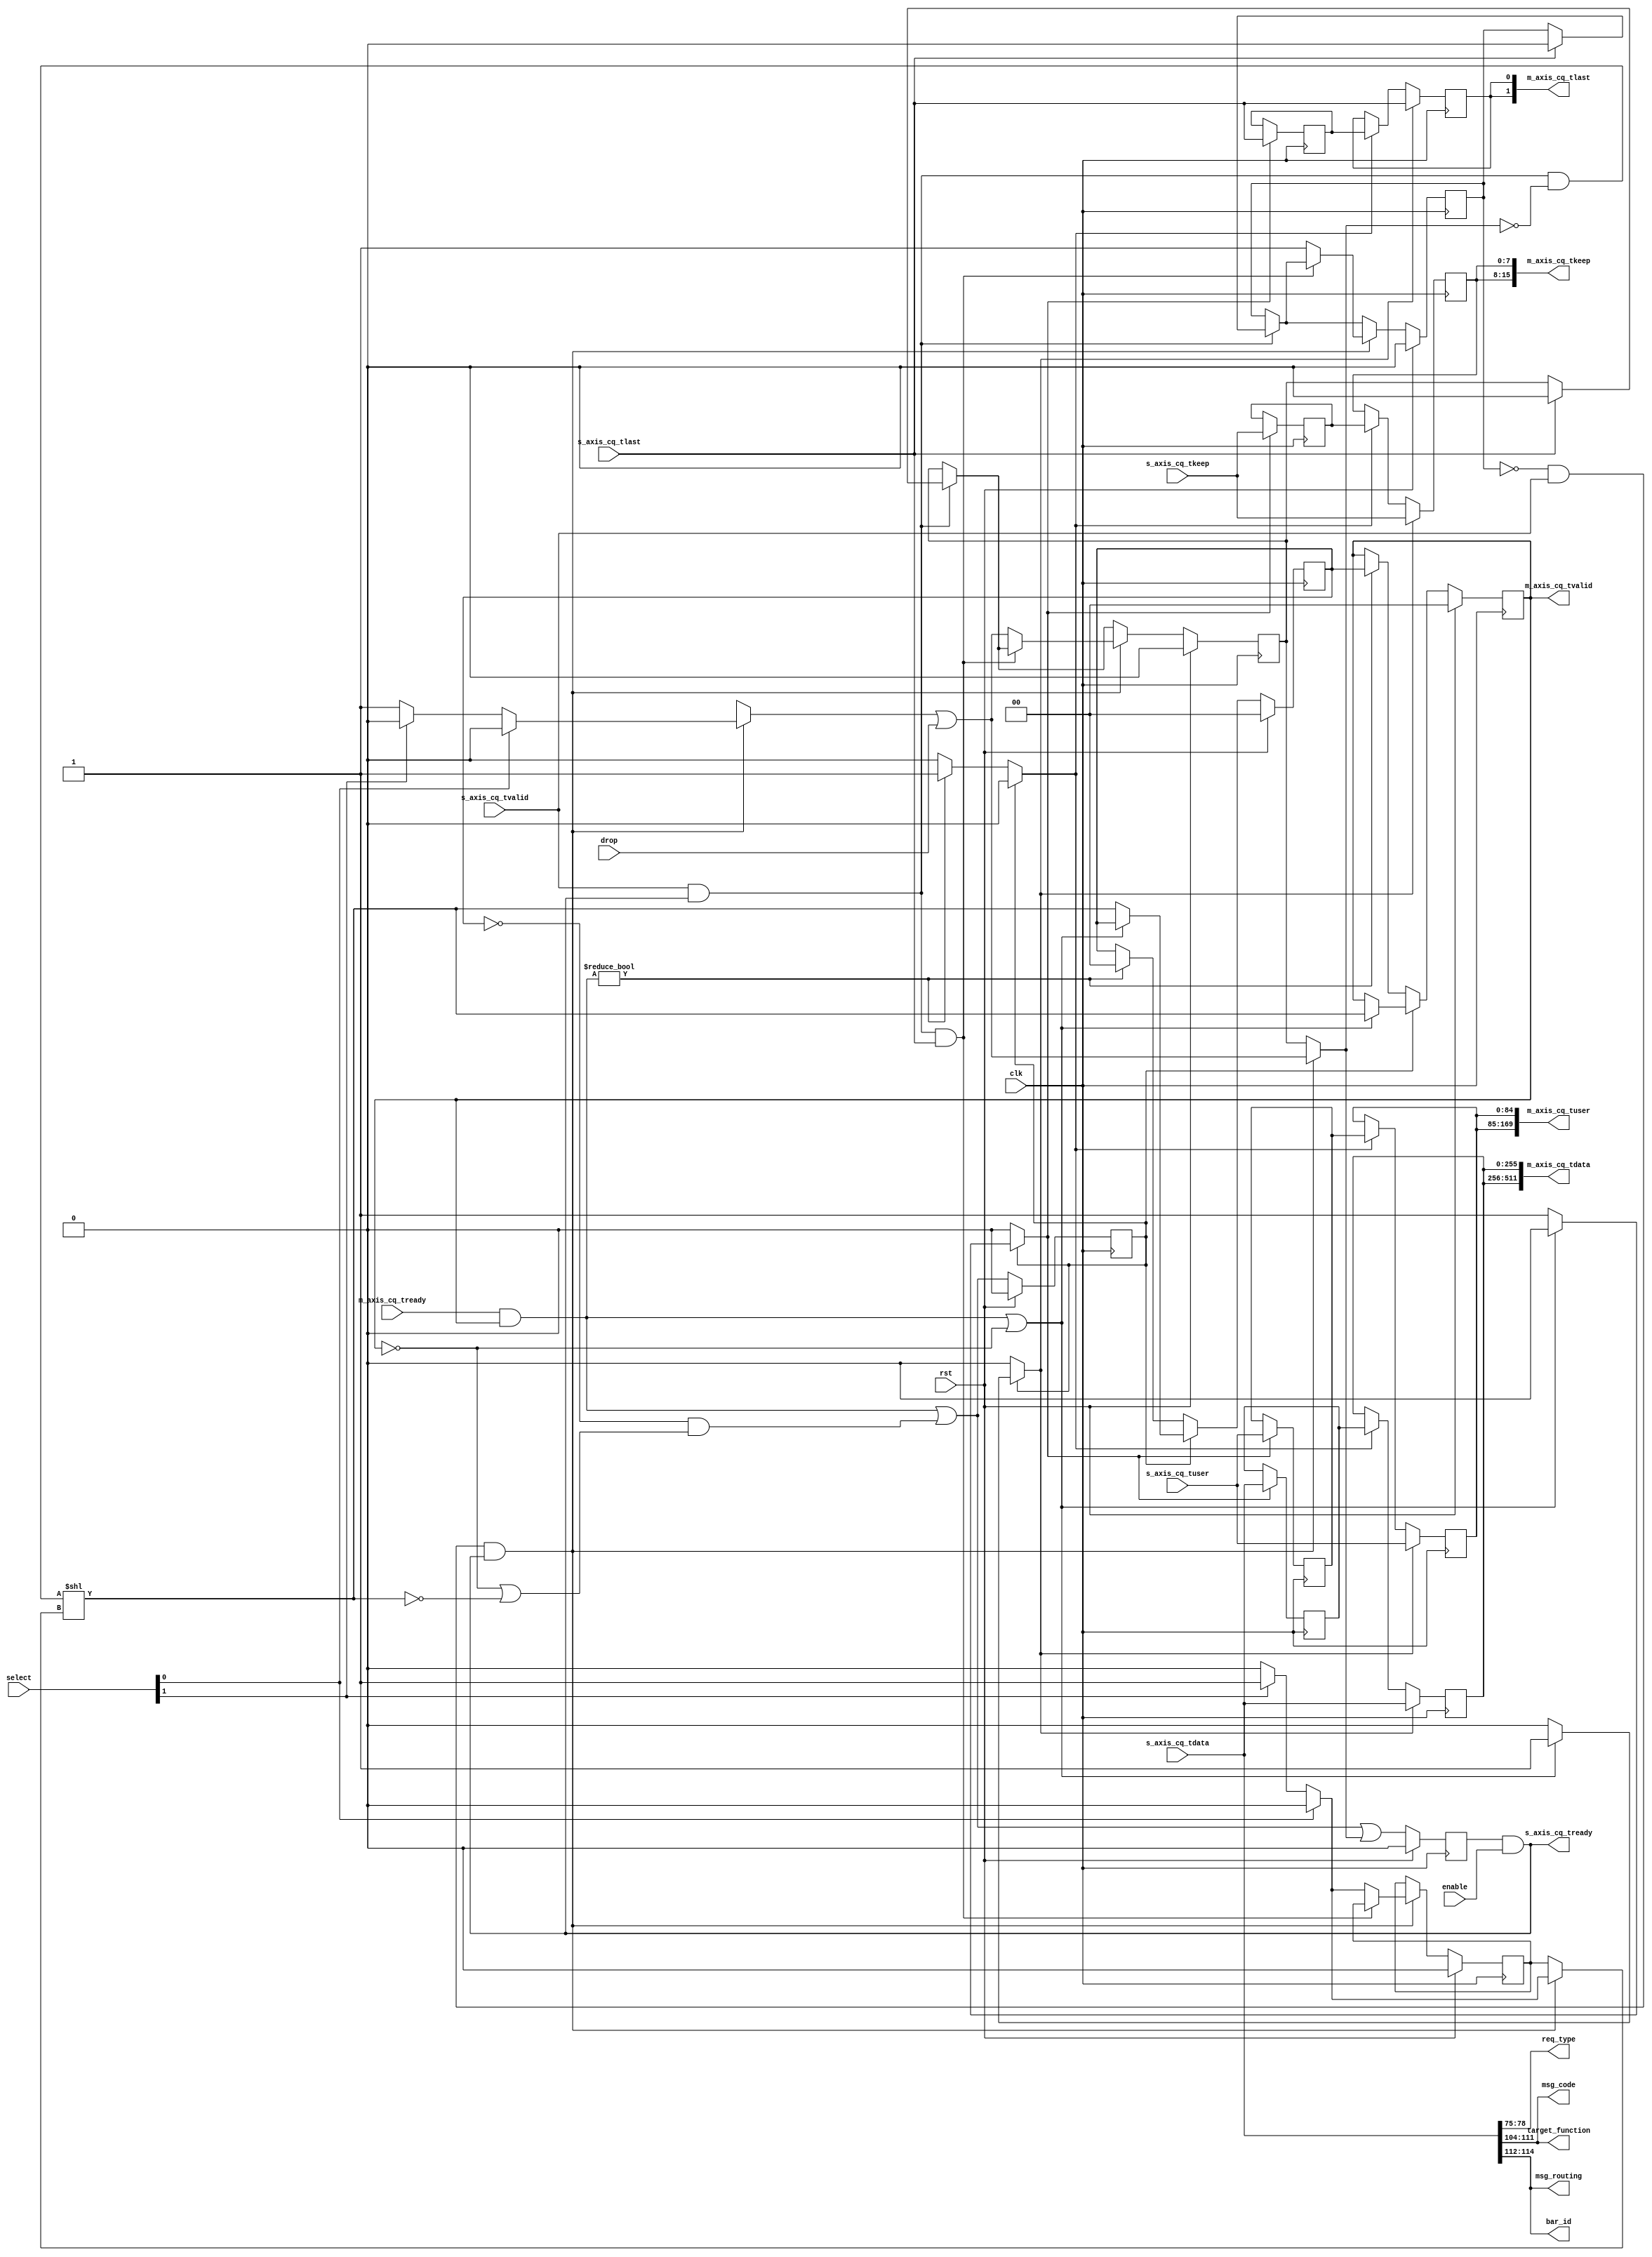
/*

Copyright (c) 2018 Alex Forencich

Permission is hereby granted, free of charge, to any person obtaining a copy
of this software and associated documentation files (the "Software"), to deal
in the Software without restriction, including without limitation the rights
to use, copy, modify, merge, publish, distribute, sublicense, and/or sell
copies of the Software, and to permit persons to whom the Software is
furnished to do so, subject to the following conditions:

The above copyright notice and this permission notice shall be included in
all copies or substantial portions of the Software.

THE SOFTWARE IS PROVIDED "AS IS", WITHOUT WARRANTY OF ANY KIND, EXPRESS OR
IMPLIED, INCLUDING BUT NOT LIMITED TO THE WARRANTIES OF MERCHANTABILITY
FITNESS FOR A PARTICULAR PURPOSE AND NONINFRINGEMENT. IN NO EVENT SHALL THE
AUTHORS OR COPYRIGHT HOLDERS BE LIABLE FOR ANY CLAIM, DAMAGES OR OTHER
LIABILITY, WHETHER IN AN ACTION OF CONTRACT, TORT OR OTHERWISE, ARISING FROM,
OUT OF OR IN CONNECTION WITH THE SOFTWARE OR THE USE OR OTHER DEALINGS IN
THE SOFTWARE.

*/

// Language: Verilog 2001

`timescale 1ns / 1ps

/*
 * Ultrascale PCIe CQ demultiplexer
 */
module pcie_us_axis_cq_demux #
(
    // Output count
    parameter M_COUNT = 2,
    // Width of PCIe AXI stream interfaces in bits
    parameter AXIS_PCIE_DATA_WIDTH = 256,
    // PCIe AXI stream tkeep signal width (words per cycle)
    parameter AXIS_PCIE_KEEP_WIDTH = (AXIS_PCIE_DATA_WIDTH/32),
    // PCIe AXI stream CQ tuser signal width
    parameter AXIS_PCIE_CQ_USER_WIDTH = AXIS_PCIE_DATA_WIDTH < 512 ? 85 : 183
)
(
    input  wire                                       clk,
    input  wire                                       rst,

    /*
     * AXI input (CQ)
     */
    input  wire [AXIS_PCIE_DATA_WIDTH-1:0]            s_axis_cq_tdata,
    input  wire [AXIS_PCIE_KEEP_WIDTH-1:0]            s_axis_cq_tkeep,
    input  wire                                       s_axis_cq_tvalid,
    output wire                                       s_axis_cq_tready,
    input  wire                                       s_axis_cq_tlast,
    input  wire [AXIS_PCIE_CQ_USER_WIDTH-1:0]         s_axis_cq_tuser,

    /*
     * AXI output (CQ)
     */
    output wire [M_COUNT*AXIS_PCIE_DATA_WIDTH-1:0]    m_axis_cq_tdata,
    output wire [M_COUNT*AXIS_PCIE_KEEP_WIDTH-1:0]    m_axis_cq_tkeep,
    output wire [M_COUNT-1:0]                         m_axis_cq_tvalid,
    input  wire [M_COUNT-1:0]                         m_axis_cq_tready,
    output wire [M_COUNT-1:0]                         m_axis_cq_tlast,
    output wire [M_COUNT*AXIS_PCIE_CQ_USER_WIDTH-1:0] m_axis_cq_tuser,

    /*
     * Fields
     */
    output wire [3:0]                                 req_type,
    output wire [7:0]                                 target_function,
    output wire [2:0]                                 bar_id,
    output wire [7:0]                                 msg_code,
    output wire [2:0]                                 msg_routing,

    /*
     * Control
     */
    input  wire                                       enable,
    input  wire                                       drop,
    input  wire [M_COUNT-1:0]                         select
);

parameter CL_M_COUNT = $clog2(M_COUNT);

// bus width assertions
initial begin
    if (AXIS_PCIE_DATA_WIDTH != 64 && AXIS_PCIE_DATA_WIDTH != 128 && AXIS_PCIE_DATA_WIDTH != 256 && AXIS_PCIE_DATA_WIDTH != 512) begin
        $error("Error: PCIe interface width must be 64, 128, 256, or 512 (instance %m)");
        $finish;
    end

    if (AXIS_PCIE_KEEP_WIDTH * 32 != AXIS_PCIE_DATA_WIDTH) begin
        $error("Error: PCIe interface requires dword (32-bit) granularity (instance %m)");
        $finish;
    end
end

reg [CL_M_COUNT-1:0] select_reg = {CL_M_COUNT{1'b0}}, select_ctl, select_next;
reg drop_reg = 1'b0, drop_ctl, drop_next;
reg frame_reg = 1'b0, frame_ctl, frame_next;

reg s_axis_cq_tready_reg = 1'b0, s_axis_cq_tready_next;

reg [AXIS_PCIE_DATA_WIDTH-1:0]    temp_s_axis_cq_tdata = {AXIS_PCIE_DATA_WIDTH{1'b0}};
reg [AXIS_PCIE_KEEP_WIDTH-1:0]    temp_s_axis_cq_tkeep = {AXIS_PCIE_KEEP_WIDTH{1'b0}};
reg                               temp_s_axis_cq_tvalid = 1'b0;
reg                               temp_s_axis_cq_tlast = 1'b0;
reg [AXIS_PCIE_CQ_USER_WIDTH-1:0] temp_s_axis_cq_tuser = {AXIS_PCIE_CQ_USER_WIDTH{1'b0}};

// internal datapath
reg  [AXIS_PCIE_DATA_WIDTH-1:0]    m_axis_cq_tdata_int;
reg  [AXIS_PCIE_KEEP_WIDTH-1:0]    m_axis_cq_tkeep_int;
reg  [M_COUNT-1:0]                 m_axis_cq_tvalid_int;
reg                                m_axis_cq_tready_int_reg = 1'b0;
reg                                m_axis_cq_tlast_int;
reg  [AXIS_PCIE_CQ_USER_WIDTH-1:0] m_axis_cq_tuser_int;
wire                               m_axis_cq_tready_int_early;

assign s_axis_cq_tready = (s_axis_cq_tready_reg || (AXIS_PCIE_DATA_WIDTH == 64 && !temp_s_axis_cq_tvalid)) && enable;

assign req_type =        AXIS_PCIE_DATA_WIDTH > 64 ? s_axis_cq_tdata[78:75]   : s_axis_cq_tdata[14:11];
assign target_function = AXIS_PCIE_DATA_WIDTH > 64 ? s_axis_cq_tdata[111:104] : s_axis_cq_tdata[47:40];
assign bar_id =          AXIS_PCIE_DATA_WIDTH > 64 ? s_axis_cq_tdata[114:112] : s_axis_cq_tdata[50:48];
assign msg_code =        AXIS_PCIE_DATA_WIDTH > 64 ? s_axis_cq_tdata[111:104] : s_axis_cq_tdata[47:40];
assign msg_routing =     AXIS_PCIE_DATA_WIDTH > 64 ? s_axis_cq_tdata[114:112] : s_axis_cq_tdata[50:48];

integer i;

always @* begin
    select_next = select_reg;
    select_ctl = select_reg;
    drop_next = drop_reg;
    drop_ctl = drop_reg;
    frame_next = frame_reg;
    frame_ctl = frame_reg;

    s_axis_cq_tready_next = 1'b0;

    if (AXIS_PCIE_DATA_WIDTH == 64) begin
        if (temp_s_axis_cq_tvalid && s_axis_cq_tready) begin
            // end of frame detection
            if (temp_s_axis_cq_tlast) begin
                frame_next = 1'b0;
                drop_next = 1'b0;
            end
        end
    end else begin
        if (s_axis_cq_tvalid && s_axis_cq_tready) begin
            // end of frame detection
            if (s_axis_cq_tlast) begin
                frame_next = 1'b0;
                drop_next = 1'b0;
            end
        end
    end

    if (!frame_reg && (AXIS_PCIE_DATA_WIDTH == 64 ? temp_s_axis_cq_tvalid : s_axis_cq_tvalid) && s_axis_cq_tready) begin
        // start of frame, grab select value
        select_ctl = 0;
        drop_ctl = 1'b1;
        frame_ctl = 1'b1;
        for (i = M_COUNT-1; i >= 0; i = i - 1) begin
            if (select[i]) begin
                select_ctl = i;
                drop_ctl = 1'b0;
            end
        end
        drop_ctl = drop_ctl || drop;
        if (AXIS_PCIE_DATA_WIDTH == 64) begin
            if (!(s_axis_cq_tready && temp_s_axis_cq_tvalid && temp_s_axis_cq_tlast)) begin
                select_next = select_ctl;
                drop_next = drop_ctl;
                frame_next = 1'b1;
            end
        end else begin
            if (!(s_axis_cq_tready && s_axis_cq_tvalid && s_axis_cq_tlast)) begin
                select_next = select_ctl;
                drop_next = drop_ctl;
                frame_next = 1'b1;
            end
        end
    end

    s_axis_cq_tready_next = m_axis_cq_tready_int_early || drop_ctl;

    if (AXIS_PCIE_DATA_WIDTH == 64) begin
        m_axis_cq_tdata_int  = temp_s_axis_cq_tdata;
        m_axis_cq_tkeep_int  = temp_s_axis_cq_tkeep;
        m_axis_cq_tvalid_int = (temp_s_axis_cq_tvalid && s_axis_cq_tready && !drop_ctl) << select_ctl;
        m_axis_cq_tlast_int  = temp_s_axis_cq_tlast;
        m_axis_cq_tuser_int  = temp_s_axis_cq_tuser; 
    end else begin
        m_axis_cq_tdata_int  = s_axis_cq_tdata;
        m_axis_cq_tkeep_int  = s_axis_cq_tkeep;
        m_axis_cq_tvalid_int = (s_axis_cq_tvalid && s_axis_cq_tready && !drop_ctl) << select_ctl;
        m_axis_cq_tlast_int  = s_axis_cq_tlast;
        m_axis_cq_tuser_int  = s_axis_cq_tuser; 
    end
end

always @(posedge clk) begin
    if (rst) begin
        select_reg <= 2'd0;
        drop_reg <= 1'b0;
        frame_reg <= 1'b0;
        s_axis_cq_tready_reg <= 1'b0;
    end else begin
        select_reg <= select_next;
        drop_reg <= drop_next;
        frame_reg <= frame_next;
        s_axis_cq_tready_reg <= s_axis_cq_tready_next;
    end

    if (s_axis_cq_tready && AXIS_PCIE_DATA_WIDTH == 64) begin
        temp_s_axis_cq_tdata <= s_axis_cq_tdata;
        temp_s_axis_cq_tkeep <= s_axis_cq_tkeep;
        temp_s_axis_cq_tvalid <= s_axis_cq_tvalid;
        temp_s_axis_cq_tlast <= s_axis_cq_tlast;
        temp_s_axis_cq_tuser <= s_axis_cq_tuser;
    end
end

// output datapath logic
reg [AXIS_PCIE_DATA_WIDTH-1:0]    m_axis_cq_tdata_reg  = {AXIS_PCIE_DATA_WIDTH{1'b0}};
reg [AXIS_PCIE_KEEP_WIDTH-1:0]    m_axis_cq_tkeep_reg  = {AXIS_PCIE_KEEP_WIDTH{1'b0}};
reg [M_COUNT-1:0]                 m_axis_cq_tvalid_reg = {M_COUNT{1'b0}}, m_axis_cq_tvalid_next;
reg                               m_axis_cq_tlast_reg  = 1'b0;
reg [AXIS_PCIE_CQ_USER_WIDTH-1:0] m_axis_cq_tuser_reg  = {AXIS_PCIE_CQ_USER_WIDTH{1'b0}};

reg [AXIS_PCIE_DATA_WIDTH-1:0]    temp_m_axis_cq_tdata_reg  = {AXIS_PCIE_DATA_WIDTH{1'b0}};
reg [AXIS_PCIE_KEEP_WIDTH-1:0]    temp_m_axis_cq_tkeep_reg  = {AXIS_PCIE_KEEP_WIDTH{1'b0}};
reg [M_COUNT-1:0]                 temp_m_axis_cq_tvalid_reg = {M_COUNT{1'b0}}, temp_m_axis_cq_tvalid_next;
reg                               temp_m_axis_cq_tlast_reg  = 1'b0;
reg [AXIS_PCIE_CQ_USER_WIDTH-1:0] temp_m_axis_cq_tuser_reg  = {AXIS_PCIE_CQ_USER_WIDTH{1'b0}};

// datapath control
reg store_axis_int_to_output;
reg store_axis_int_to_temp;
reg store_axis_cq_temp_to_output;

assign m_axis_cq_tdata  = {M_COUNT{m_axis_cq_tdata_reg}};
assign m_axis_cq_tkeep  = {M_COUNT{m_axis_cq_tkeep_reg}};
assign m_axis_cq_tvalid = m_axis_cq_tvalid_reg;
assign m_axis_cq_tlast  = {M_COUNT{m_axis_cq_tlast_reg}};
assign m_axis_cq_tuser  = {M_COUNT{m_axis_cq_tuser_reg}};

// enable ready input next cycle if output is ready or the temp reg will not be filled on the next cycle (output reg empty or no input)
assign m_axis_cq_tready_int_early = (m_axis_cq_tready & m_axis_cq_tvalid) || (!temp_m_axis_cq_tvalid_reg && (!m_axis_cq_tvalid || !m_axis_cq_tvalid_int));

always @* begin
    // transfer sink ready state to source
    m_axis_cq_tvalid_next = m_axis_cq_tvalid_reg;
    temp_m_axis_cq_tvalid_next = temp_m_axis_cq_tvalid_reg;

    store_axis_int_to_output = 1'b0;
    store_axis_int_to_temp = 1'b0;
    store_axis_cq_temp_to_output = 1'b0;

    if (m_axis_cq_tready_int_reg) begin
        // input is ready
        if ((m_axis_cq_tready & m_axis_cq_tvalid) || !m_axis_cq_tvalid) begin
            // output is ready or currently not valid, transfer data to output
            m_axis_cq_tvalid_next = m_axis_cq_tvalid_int;
            store_axis_int_to_output = 1'b1;
        end else begin
            // output is not ready, store input in temp
            temp_m_axis_cq_tvalid_next = m_axis_cq_tvalid_int;
            store_axis_int_to_temp = 1'b1;
        end
    end else if (m_axis_cq_tready & m_axis_cq_tvalid) begin
        // input is not ready, but output is ready
        m_axis_cq_tvalid_next = temp_m_axis_cq_tvalid_reg;
        temp_m_axis_cq_tvalid_next = 1'b0;
        store_axis_cq_temp_to_output = 1'b1;
    end
end

always @(posedge clk) begin
    if (rst) begin
        m_axis_cq_tvalid_reg <= {M_COUNT{1'b0}};
        m_axis_cq_tready_int_reg <= 1'b0;
        temp_m_axis_cq_tvalid_reg <= 1'b0;
    end else begin
        m_axis_cq_tvalid_reg <= m_axis_cq_tvalid_next;
        m_axis_cq_tready_int_reg <= m_axis_cq_tready_int_early;
        temp_m_axis_cq_tvalid_reg <= temp_m_axis_cq_tvalid_next;
    end

    // datapath
    if (store_axis_int_to_output) begin
        m_axis_cq_tdata_reg <= m_axis_cq_tdata_int;
        m_axis_cq_tkeep_reg <= m_axis_cq_tkeep_int;
        m_axis_cq_tlast_reg <= m_axis_cq_tlast_int;
        m_axis_cq_tuser_reg <= m_axis_cq_tuser_int;
    end else if (store_axis_cq_temp_to_output) begin
        m_axis_cq_tdata_reg <= temp_m_axis_cq_tdata_reg;
        m_axis_cq_tkeep_reg <= temp_m_axis_cq_tkeep_reg;
        m_axis_cq_tlast_reg <= temp_m_axis_cq_tlast_reg;
        m_axis_cq_tuser_reg <= temp_m_axis_cq_tuser_reg;
    end

    if (store_axis_int_to_temp) begin
        temp_m_axis_cq_tdata_reg <= m_axis_cq_tdata_int;
        temp_m_axis_cq_tkeep_reg <= m_axis_cq_tkeep_int;
        temp_m_axis_cq_tlast_reg <= m_axis_cq_tlast_int;
        temp_m_axis_cq_tuser_reg <= m_axis_cq_tuser_int;
    end
end

endmodule